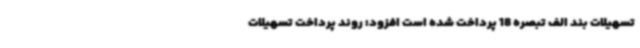
تسهیلات بند الف تبصره 18 پرداخت شده است افزود: روند پرداخت تسهیلات